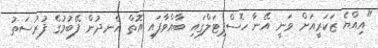
"އިއްޔެ ޒަކަރީއަށް ވަނީ އޭނާ ހޮސްޕިޓަލްގައި ބާއްވާފައި އޮތް އެނދުން ފޭބުމުގެ ފުރުސަތު